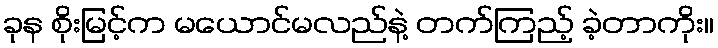
ခုန စိုးမြင့်က မယောင်မလည်နဲ့ တက်ကြည့် ခဲ့တာကိုး။